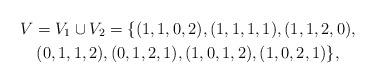
LaTeX: \begin{gather*} V = V_1 \cup V_2 = \{(1,1,0,2),(1,1,1,1),(1,1,2,0),\\ (0,1,1,2),(0,1,2,1),(1,0,1,2),(1,0,2,1)\},\end{gather*}